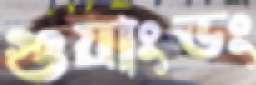
গুয়াংডং